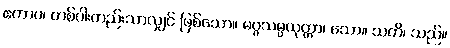
ဧကာဝ၊ တစ်ပါးတည်းသာလျှင် ဖြစ်သော။ မဂ္ဂသမ္ပယုတ္တာ၊ သော။ သတိ၊ သည်။